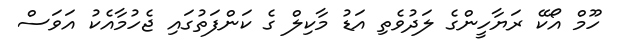
ހޫމް އޯކޭ ރަޔާހީންގެ ލަދުވެތި އަޑު މާކިލް ގެ ކަންފަތުގައި ޖެހުމާއެކު އަވަސް